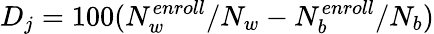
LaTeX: D_{j}=100(N_{w}^{enroll}/N_{w}-N_{b}^{enroll}/N_{b})